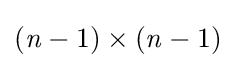
({\mathit {n}}-1)\times ({\mathit {n}}-1)